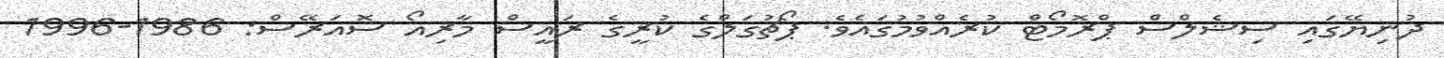
ދުނިޔޭގައި ސިޝެލްސް ޕްރޮމޯޓް ކުރެއްވުމުގައެވެ. ޕޯޗުގަލްގެ ކުރީގެ ރައީސް މާރިއޯ ސޮއަރޭސް: 1986-1996